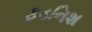
ફડનિશ